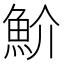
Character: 魪